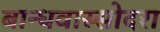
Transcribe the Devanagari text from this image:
बान्धवास्सोदरा